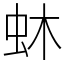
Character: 蚞